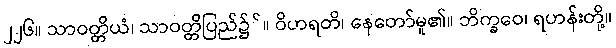
၂၂၆။ သာဝတ္တိယံ၊ သာဝတ္တိပြည်၌်။ ဝိဟရတိ၊ နေတော်မူ၏။ ဘိက္ခဝေ၊ ရဟန်းတို့။